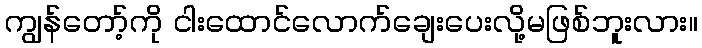
ကျွန်တော့်ကို ငါးထောင်လောက်ချေးပေးလို့မဖြစ်ဘူးလား။